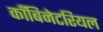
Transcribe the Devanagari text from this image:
काँबिनेटरियल